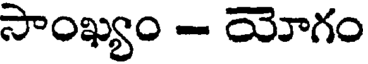
సాంఖ్యం - యోగం